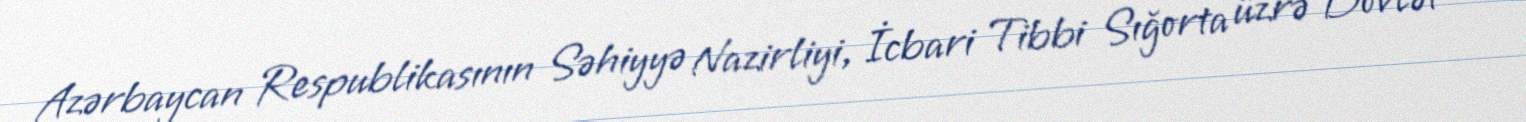
Azərbaycan Respublikasının Səhiyyə Nazirliyi, İcbari Tibbi Sığorta üzrə Dövlət